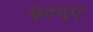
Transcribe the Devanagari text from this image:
ब्रेट्युए